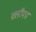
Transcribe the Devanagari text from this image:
फ्लॉपच